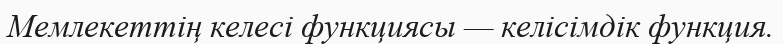
Мемлекеттің келесі функциясы — келісімдік функция.